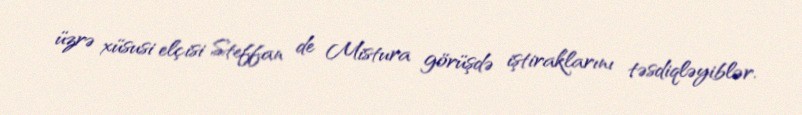
üzrə xüsusi elçisi Steffan de Mistura görüşdə iştiraklarını təsdiqləyiblər.